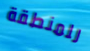
للمنطقة